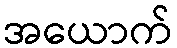
အယောက်